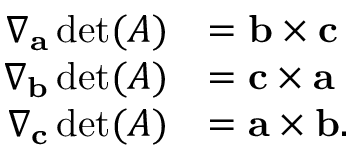
{ \begin{array} { r l } { \nabla _ { \mathbf { a } } \operatorname* { d e t } ( A ) } & { = \mathbf { b } \times \mathbf { c } } \\ { \nabla _ { \mathbf { b } } \operatorname* { d e t } ( A ) } & { = \mathbf { c } \times \mathbf { a } } \\ { \nabla _ { \mathbf { c } } \operatorname* { d e t } ( A ) } & { = \mathbf { a } \times \mathbf { b } . } \end{array} }